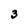
Character: 3